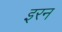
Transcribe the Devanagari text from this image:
इरन